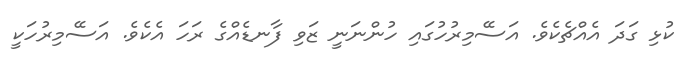
ކުޅި ގަދަ އެއްޗެކެވެ. އަސޭމިރުހުގައި ހުންނަނީ ޒަވި ފާނޑެއްގެ ރަހަ އެކެވެ. އަސޭމިރުހަކީ